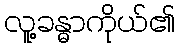
လူ့ခန္ဓာကိုယ်၏